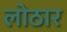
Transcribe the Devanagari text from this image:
लोठार